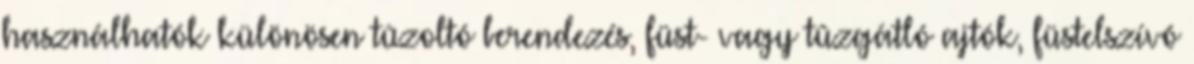
használhatók különösen tûzoltó berendezés, füst- vagy tûzgátló ajtók, füstelszívó